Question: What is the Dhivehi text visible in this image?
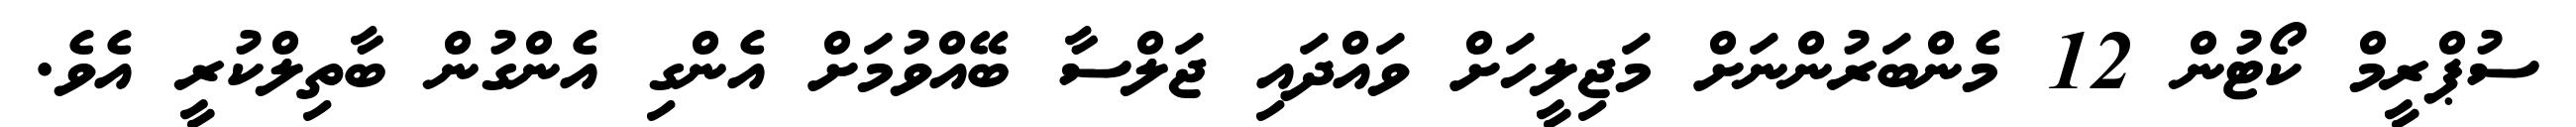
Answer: ސުޕްރީމް ކޯޓުން 12 މެންބަރުންނަށް މަޖިލީހަށް ވައްދައި ޖަލްސާ ބޭއްވުމަށް އެންގި އެންގުން ބާތިލްކުރީ އެވެ.